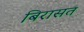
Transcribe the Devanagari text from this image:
बिरासत